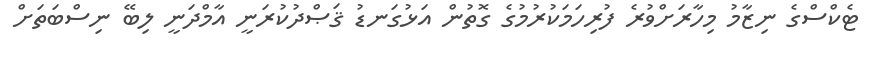
ޓެކްސްގެ ނިޒާމު މިހާރަށްވުރެ ފުރިހަމަކުރުމުގެ ގޮތުން އަޅުގަނޑު ޤަޞްދުކުރަނީ އާމްދަނީ ލިބޭ ނިސްބަތަށް